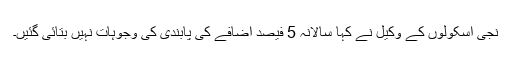
نجی اسکولوں کے وکیل نے کہا سالانہ 5 فیصد اضافے کی پابندی کی وجوہات نہیں بتائی گئیں۔